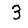
Digit: 3